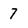
Character: 7